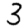
Digit: 3